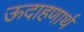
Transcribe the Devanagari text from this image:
ऊदाहणार्थ